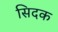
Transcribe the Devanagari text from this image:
सिदक